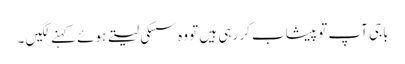
باجی آپ تو پیشاب کر رہی ہیں تو وہ سسکی لیتے ہوئے کہنے لگیں ۔